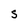
Character: S